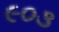
૯૦૩